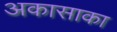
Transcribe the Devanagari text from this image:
अकासाका